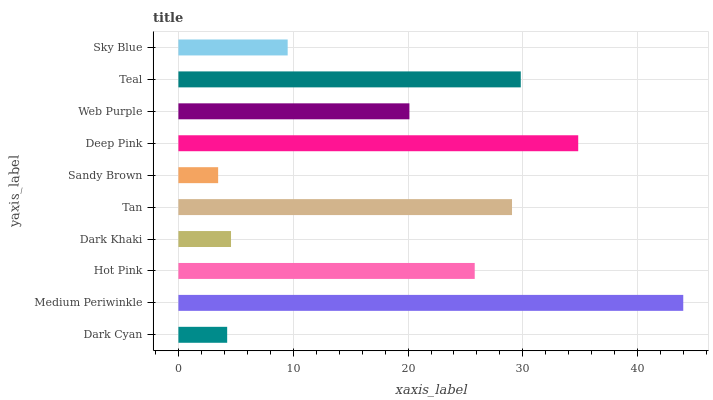
| yaxis_label | bars |
 | --- | --- |
 | Dark Cyan | 4.25 |
 | Medium Periwinkle | 44 |
 | Hot Pink | 25.8 |
 | Dark Khaki | 4.58 |
 | Tan | 29.1 |
 | Sandy Brown | 3.46 |
 | Deep Pink | 34.8 |
 | Web Purple | 20.1 |
 | Teal | 29.8 |
 | Sky Blue | 9.52 |